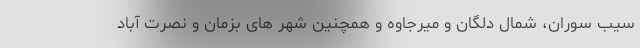
سیب سوران، شمال دلگان و میرجاوه و همچنین شهر های بزمان و نصرت آباد